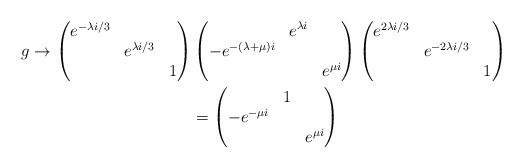
\begin{align*}g\to\begin{pmatrix}e^{-\lambda i/3} &&\\&e^{\lambda i/3}&\\&&1\end{pmatrix}&\begin{pmatrix}&e^{\lambda i}&\\-e^{-(\lambda+\mu)i}&&\\&&e^{\mu i}\end{pmatrix}\begin{pmatrix}e^{2\lambda i/3} &&\\&e^{-2\lambda i/3}&\\&&1\end{pmatrix}\\&= \begin{pmatrix}&1&\\-e^{-\mu i}&&\\&&e^{\mu i}\end{pmatrix}\end{align*}